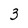
Character: 3